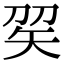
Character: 𥎫